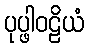
ပုပ္ဖါဝဠိယံ